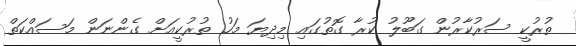
ތުރުކީ ސަރުކާރުން ގަބޫލު ކުރާ ގޮތުގައި މިދިޔަ މަހު ތުރުކީއަށް ގެންނަން މަސައްކަތް